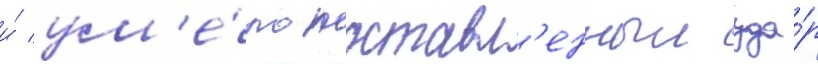
и́ ум'е́ло поставл'енныи уда́р